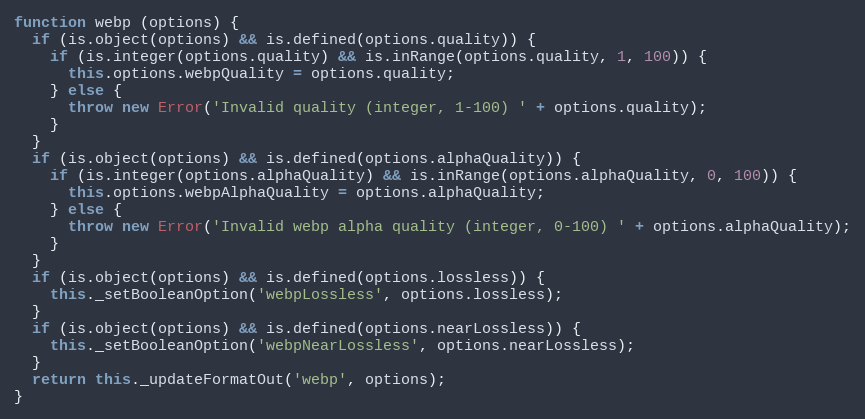
Language: JavaScript
function webp (options) {
  if (is.object(options) && is.defined(options.quality)) {
    if (is.integer(options.quality) && is.inRange(options.quality, 1, 100)) {
      this.options.webpQuality = options.quality;
    } else {
      throw new Error('Invalid quality (integer, 1-100) ' + options.quality);
    }
  }
  if (is.object(options) && is.defined(options.alphaQuality)) {
    if (is.integer(options.alphaQuality) && is.inRange(options.alphaQuality, 0, 100)) {
      this.options.webpAlphaQuality = options.alphaQuality;
    } else {
      throw new Error('Invalid webp alpha quality (integer, 0-100) ' + options.alphaQuality);
    }
  }
  if (is.object(options) && is.defined(options.lossless)) {
    this._setBooleanOption('webpLossless', options.lossless);
  }
  if (is.object(options) && is.defined(options.nearLossless)) {
    this._setBooleanOption('webpNearLossless', options.nearLossless);
  }
  return this._updateFormatOut('webp', options);
}